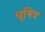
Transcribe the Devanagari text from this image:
चूषित्र